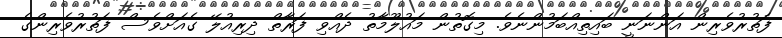
ފަތުރުވެރިން އަންނަނީ ބައިތިއްބަމުންނެވެ. މިގޮތުން މައުލޫމާތު ދެއްވި ފަރާތް ދިރިއުލޭ ގެއަށްވެސް ފަތުރުވެރިންގެ